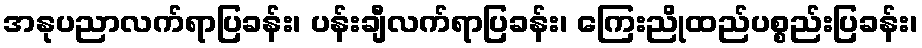
အနုပညာလက်ရာပြခန်း၊ ပန်းချီလက်ရာပြခန်း၊ ကြေးညိုထည်ပစ္စည်းပြခန်း၊